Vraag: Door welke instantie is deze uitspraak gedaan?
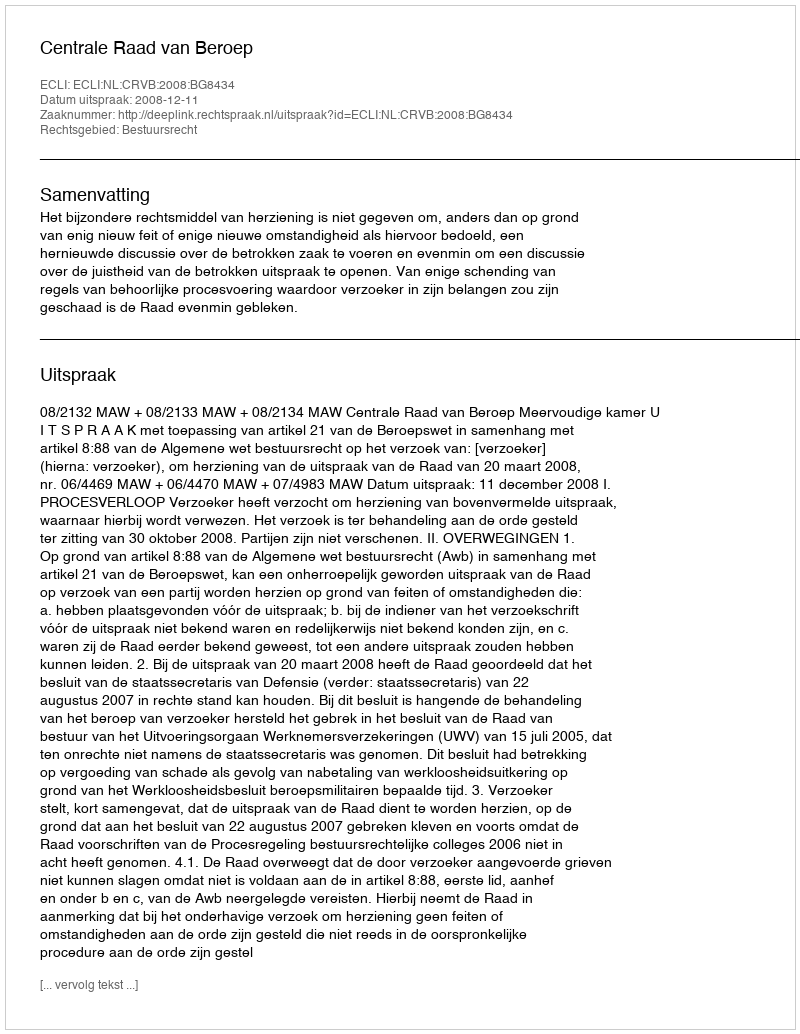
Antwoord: Centrale Raad van Beroep